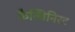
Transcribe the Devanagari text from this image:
कैल्विनिस्ट